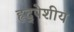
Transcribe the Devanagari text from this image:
हृद्पेशीय